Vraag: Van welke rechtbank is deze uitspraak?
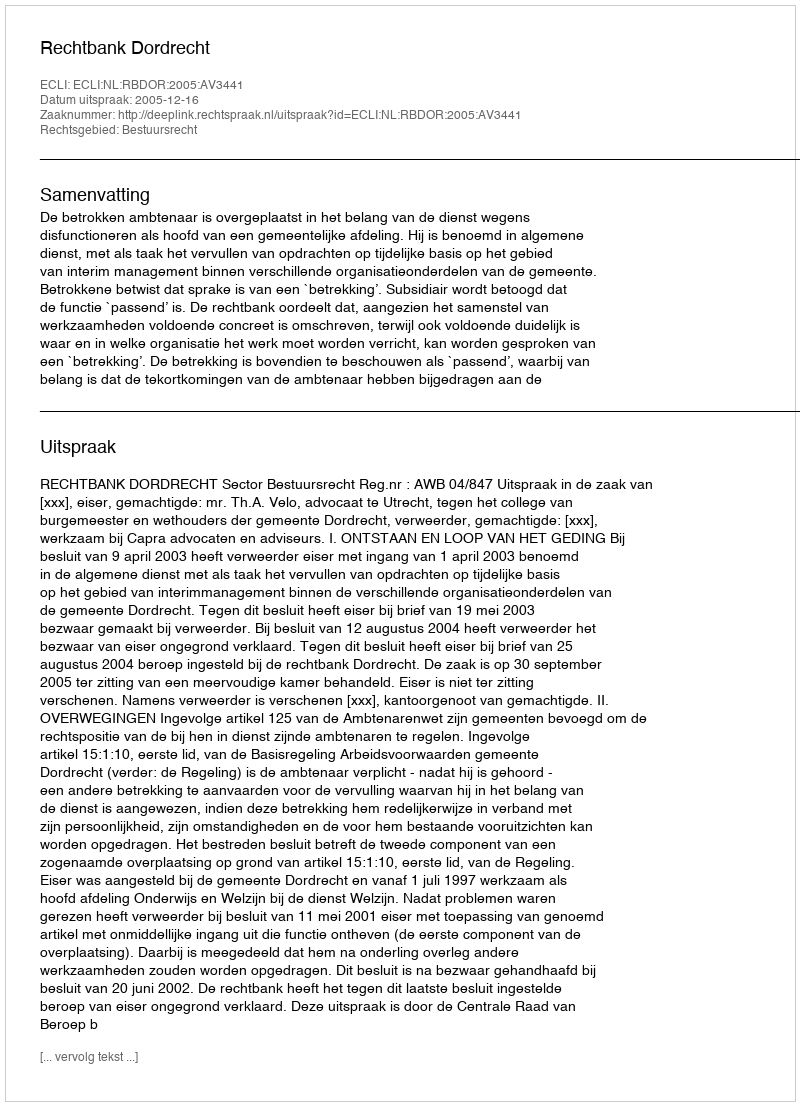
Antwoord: Rechtbank Dordrecht